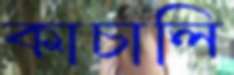
কাচালি